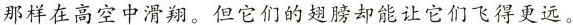
那样在高空中滑翔。但它们的翅膀却能让它们飞得更远。